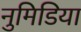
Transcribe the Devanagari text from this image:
नुमिडिया